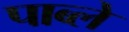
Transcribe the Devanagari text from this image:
पाब्ले